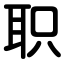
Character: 职